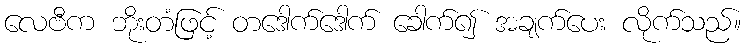
လေဗီက ဘိုးတံဖြင့် တဒေါက်ဒေါက် ခေါက်၍ အချက်ပေး လိုက်သည်။